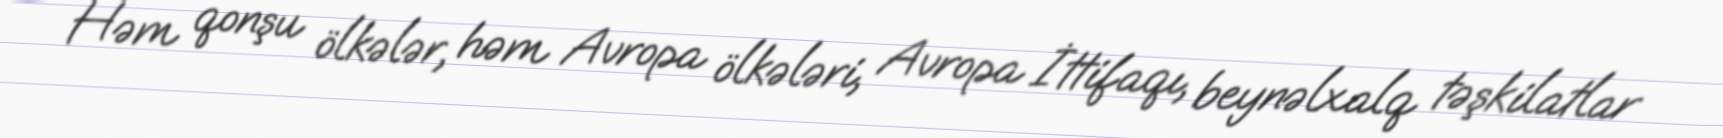
Həm qonşu ölkələr, həm Avropa ölkələri, Avropa İttifaqı, beynəlxalq təşkilatlar